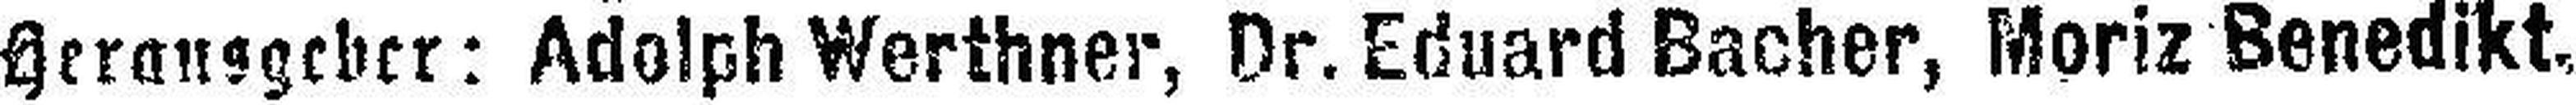
Herausgeber: Adolph Werthner, Dr. Eduard Bacher, Moriz Benedikt.